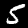
Label: 5